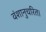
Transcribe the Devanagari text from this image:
वंशानुचरित।